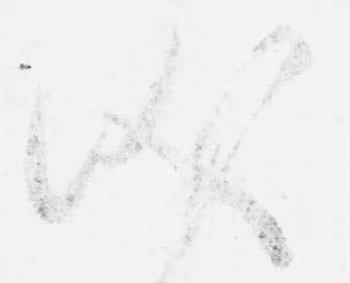
儀